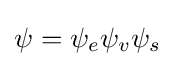
\psi =\psi _{e}\psi _{v}\psi _{s}